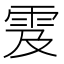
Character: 雭